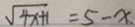
\sqrt { 4 x + 1 } = 5 - x